Source: Handwritten
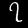
Digit: ၇ (7)